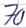
Text: 70